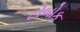
ટોબોક